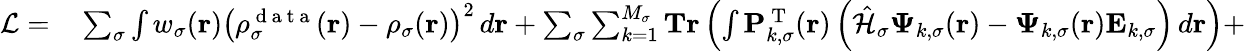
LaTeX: \begin{array}{rl}{\mathcal{L}=}&{{}\sum_{\sigma}\int w_{\sigma}(\boldsymbol{\textbf{r}})\left(\rho_{\sigma}^{\mathrm{~d~a~t~a~}}(\boldsymbol{\textbf{r}})-\rho_{\sigma}(\boldsymbol{\textbf{r}})\right)^{2}\, d\boldsymbol{\textbf{r}}+\sum_{\sigma}\sum_{k=1}^{M_{\sigma}}\textbf{Tr}\left(\int\mathbf{P}_{k,\sigma}^{\mathrm{~T~}}(\boldsymbol{\textbf{r}})\left(\hat{\mathcal{{H}}}_{\sigma}\boldsymbol{\Psi}_{k,\sigma}(\boldsymbol{\textbf{r}})-\boldsymbol{\Psi}_{k,\sigma}(\boldsymbol{\textbf{r}})\mathbf{E}_{k,\sigma}\right)\, d\boldsymbol{\textbf{r}}\right)+}\end{array}